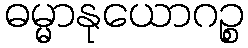
ဓမ္မာနုယောဂဉ္စ